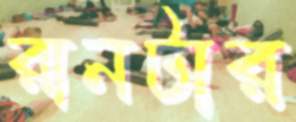
রানটার